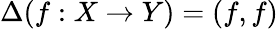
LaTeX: \Delta(f:X\to Y)=(f,f)